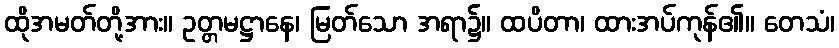
ထိုအမတ်တို့အား။ ဥတ္တမဋ္ဌာနေ၊ မြတ်သော အရာ၌။ ထပိတာ၊ ထားအပ်ကုန်၏။ တေသံ၊